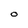
Character: O